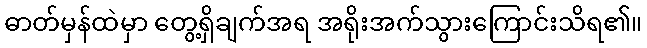
ဓာတ်မှန်ထဲမှာ တွေ့ရှိချက်အရ အရိုးအက်သွားကြောင်းသိရ၏။